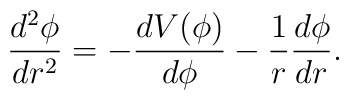
\frac{d^{2}\phi}{dr^{2}}=-\frac{dV(\phi)}{d\phi}-\frac{1}{r}\frac{d\phi}{dr}.